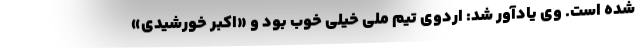
شده است. وی یادآور شد: اردوی تیم ملی خیلی خوب بود و «اکبر خورشیدی»